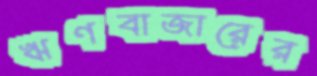
ঋণবাজারের